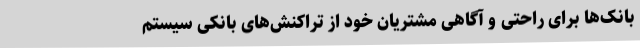
بانک‌ها برای راحتی و آگاهی مشتریان خود از تراکنش‌های بانکی سیستم